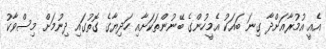
އެއީ އުމުރާއަށްދާ ގިނަ ބައަކު އެމީހުންގެ ބޭނުންތަކަށާއި ހަދިޔާގެ ގޮތުގައި ދިނުމަށް މިސްވާކު